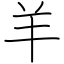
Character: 羊